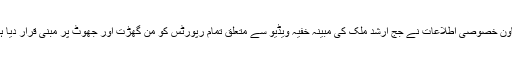
معاون خصوصی اطلاعات نے جج ارشد ملک کی مبینہ خفیہ ویڈیو سے متعلق تمام رپورٹس کو من گھڑت اور جھوٹ پر مبنی قرار دیا ہے۔